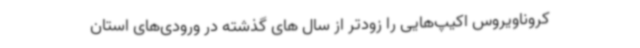
کروناویروس اکیپ‌هایی را زودتر از سال های گذشته در ورودی‌های استان